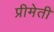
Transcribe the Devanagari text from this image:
प्रीमेती